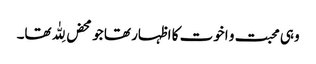
وہی محبت و اخوت کا اظہار تھا جو محض لِلّٰہ تھا۔